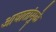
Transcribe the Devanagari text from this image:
आघातांमुळे